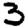
Digit: 3